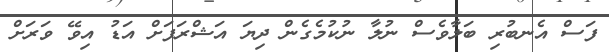
ފަސް އެނބުރި ބަލާވެސް ނުލާ ނުކުމެގެން ދިޔަ އަޝްރަފަށް އަޑު އިވޭ ވަރަށް